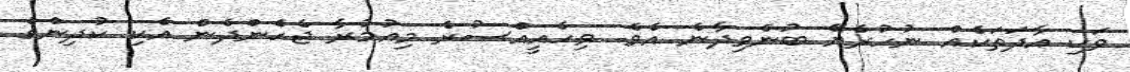
ވަކި އާދަތަކެއް ނުހުރެޔޭ ބުނެވިދާނެ އެވެ. ވިހެއީއްސުރެ މިއުމުރާ ޖެހެންދެން އެކި ކުދިންގެ